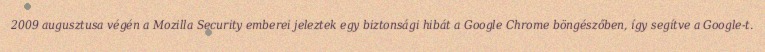
2009 augusztusa végén a Mozilla Security emberei jeleztek egy biztonsági hibát a Google Chrome böngészőben, így segítve a Google-t.